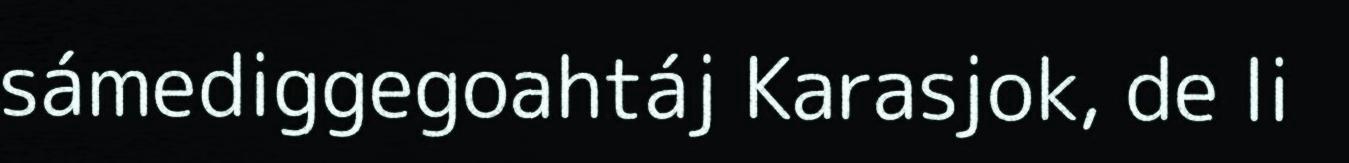
sámediggegoahtáj Karasjok, de li